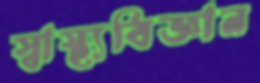
স্বাস্থ্যবিজ্ঞান